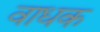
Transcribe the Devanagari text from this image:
वाधक